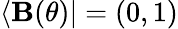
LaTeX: \langle\mathbf{B}(\theta)|=(0,1)